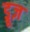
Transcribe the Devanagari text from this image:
ड्रूज़